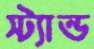
স্ট্যান্ড